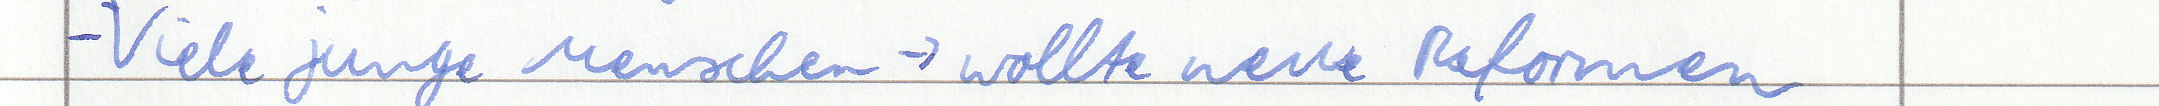
- Viele junge Menschen -> wollte neue Reformen